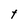
Character: t